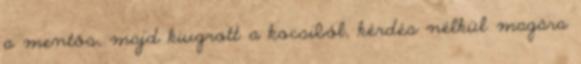
a mentős, majd kiugrott a kocsiból, kérdés nélkül magára